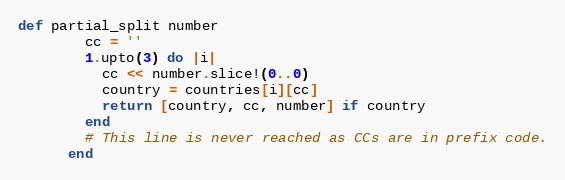
Language: Ruby
def partial_split number
        cc = ''
        1.upto(3) do |i|
          cc << number.slice!(0..0)
          country = countries[i][cc]
          return [country, cc, number] if country
        end
        # This line is never reached as CCs are in prefix code.
      end